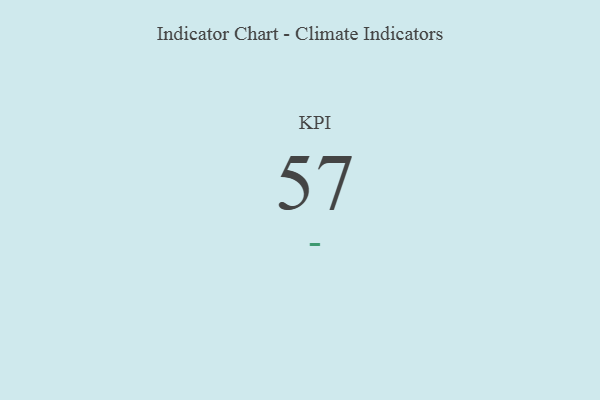
{"axis": {"x": "KPI", "y": "Value"}, "legend": [""], "data": [{"x": "KPI", "y": 57, "type": ""}]}